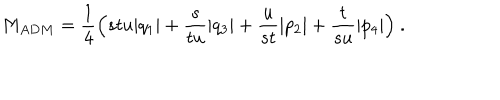
M _ { A D M } = { \frac { 1 } { 4 } } \Bigl ( s t u | q _ { 1 } | + { \frac { s } { t u } } | q _ { 3 } | + { \frac { u } { s t } } | p _ { 2 } | + { \frac { t } { s u } } | p _ { 4 } | \Bigr ) \ .